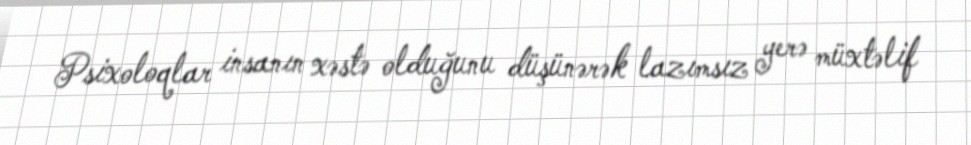
Psixoloqlar insanın xəstə olduğunu düşünərək lazımsız yerə müxtəlif